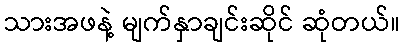
သားအဖနဲ့ မျက်နှာချင်းဆိုင် ဆုံတယ်။